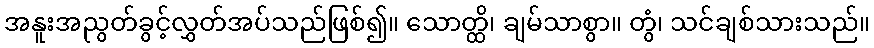
အနူးအညွတ်ခွင့်လွှတ်အပ်သည်ဖြစ်၍။ သောတ္ထိ၊ ချမ်သာစွာ။ တွံ၊ သင်ချစ်သားသည်။